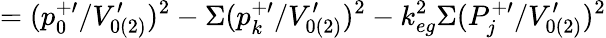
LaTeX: =(p_{0}^{+\prime}/V_{0(2)}^{\prime})^{2}-\Sigma(p_{k}^{+\prime}/V_{0(2)}^{\prime})^{2}-k_{eg}^{2}\Sigma(P_{j}^{+\prime}/V_{0(2)}^{\prime})^{2}